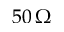
5 0 \, \Omega